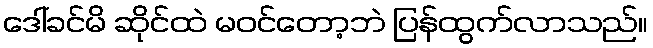
ဒေါ်ခင်မိ ဆိုင်ထဲ မဝင်တော့ဘဲ ပြန်ထွက်လာသည်။